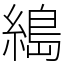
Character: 𦃭